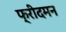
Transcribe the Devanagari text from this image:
फ्रीदमन